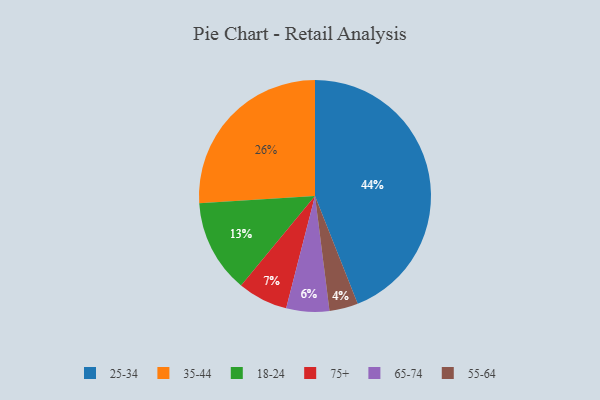
{"axis": {"x": "Category", "y": "Percentage"}, "legend": ["18-24", "25-34", "35-44", "55-64", "65-74", "75+"], "data": [{"x": "18-24", "y": 13, "type": "18-24"}, {"x": "25-34", "y": 44, "type": "25-34"}, {"x": "35-44", "y": 26, "type": "35-44"}, {"x": "55-64", "y": 4, "type": "55-64"}, {"x": "65-74", "y": 6, "type": "65-74"}, {"x": "75+", "y": 7, "type": "75+"}]}